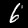
Digit: 6